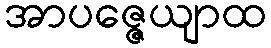
အာပဇ္ဇေယျာထ